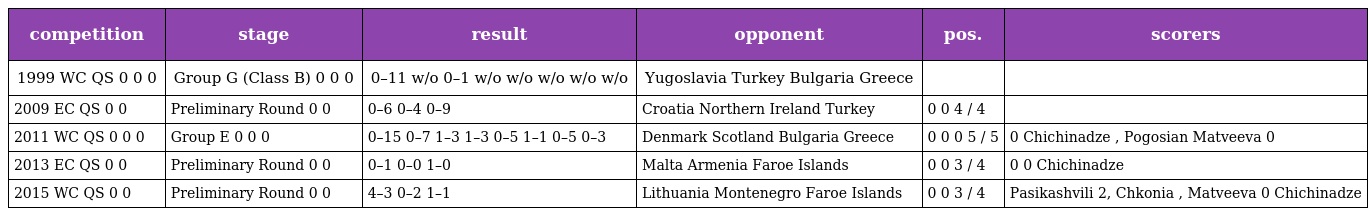
| competition | stage | result | opponent | pos. | scorers |
 | --- | --- | --- | --- | --- | --- |
 | 1999 WC QS 0 0 0 | Group G (Class B) 0 0 0 | 0–11 w/o 0–1 w/o w/o w/o w/o w/o | Yugoslavia Turkey Bulgaria Greece |  |  |
 | 2009 EC QS 0 0 | Preliminary Round 0 0 | 0–6 0–4 0–9 | Croatia Northern Ireland Turkey | 0 0 4 / 4 |  |
 | 2011 WC QS 0 0 0 | Group E 0 0 0 | 0–15 0–7 1–3 1–3 0–5 1–1 0–5 0–3 | Denmark Scotland Bulgaria Greece | 0 0 0 5 / 5 | 0 Chichinadze , Pogosian Matveeva 0 |
 | 2013 EC QS 0 0 | Preliminary Round 0 0 | 0–1 0–0 1–0 | Malta Armenia Faroe Islands | 0 0 3 / 4 | 0 0 Chichinadze |
 | 2015 WC QS 0 0 | Preliminary Round 0 0 | 4–3 0–2 1–1 | Lithuania Montenegro Faroe Islands | 0 0 3 / 4 | Pasikashvili 2, Chkonia , Matveeva 0 Chichinadze |